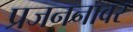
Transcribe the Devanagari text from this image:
प्रजननावर